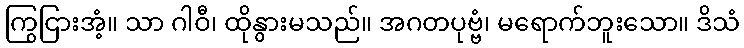
ကြွငြားအံ့။ သာ ဂါဝီ၊ ထိုနွားမသည်။ အဂတပုဗ္ဗံ၊ မရောက်ဘူးသော။ ဒိသံ